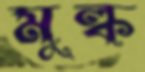
মুল্ক